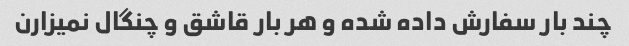
چند بار سفارش داده شده و هر بار قاشق و چنگال نمیزارن